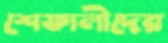
শেফালীদের